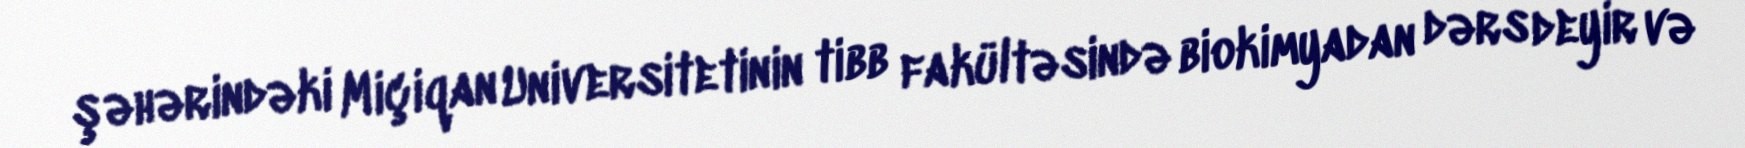
şəhərindəki Miçiqan Universitetinin tibb fakültəsində biokimyadan dərs deyir və